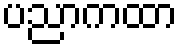
ပညာကထာ